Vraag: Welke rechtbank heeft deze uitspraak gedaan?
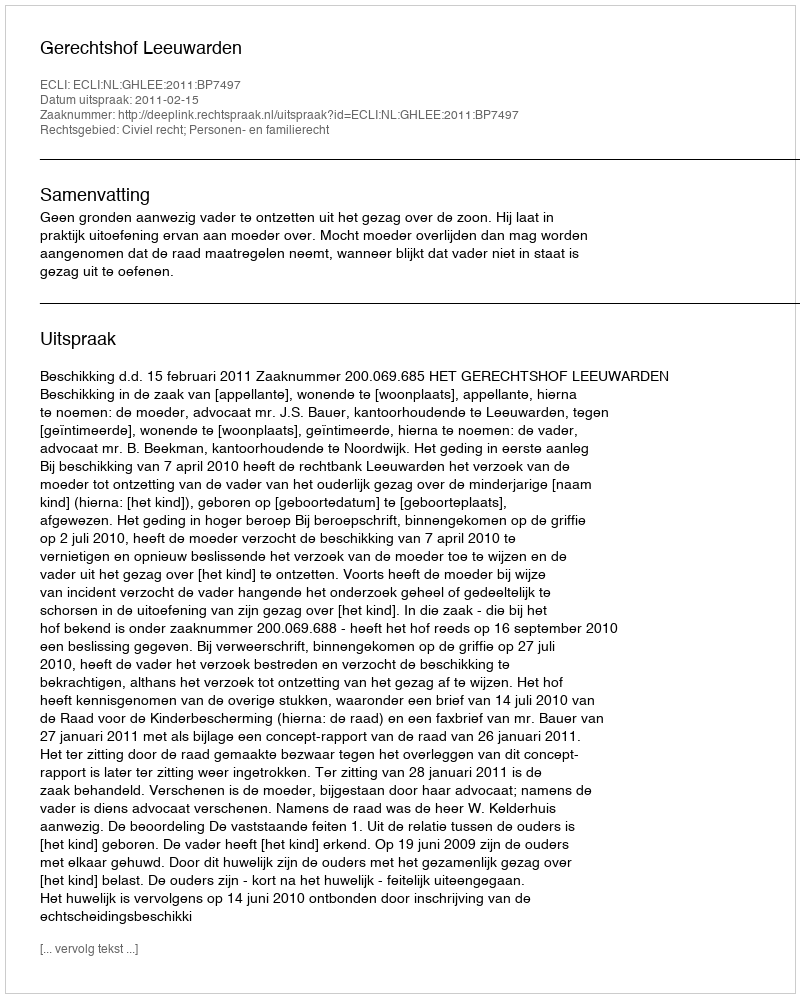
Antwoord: Gerechtshof Leeuwarden